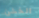
الخشن